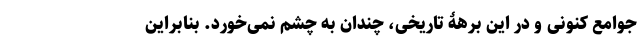
جوامع کنونی و در این برهۀ تاریخی، چندان به چشم نمی‌خورد. بنابراین